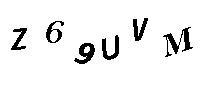
Z69UVM